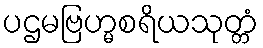
ပဌမဗြဟ္မစရိယသုတ္တံ